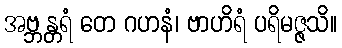
အဗ္ဘန္တရံ တေ ဂဟနံ၊ ဗာဟိရံ ပရိမဇ္ဇသိ။